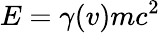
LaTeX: E=\gamma(v)mc^{2}